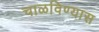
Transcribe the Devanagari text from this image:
चाळविण्यास